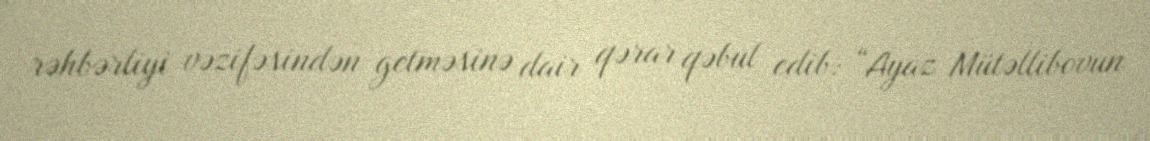
rəhbərliyi vəzifəsindən getməsinə dair qərar qəbul edib: “Ayaz Mütəllibovun